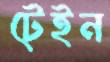
টেইন